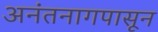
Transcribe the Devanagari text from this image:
अनंतनागपासून